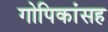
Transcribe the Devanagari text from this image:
गोपिकांसह